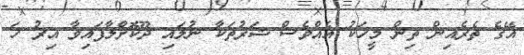
އޭގެ ތެރެއިން ތިން މީހަކު އެއްވެސް ޝަރުތަކާ ނުލައި ދޫކޮށްލާފައިވާ އިރު ހަ